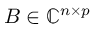
\b { B } \in \mathbb { C } ^ { n \times p }